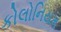
કોલોનિયમ